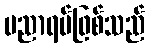
ပညာရပ်ဖြစ်သည်